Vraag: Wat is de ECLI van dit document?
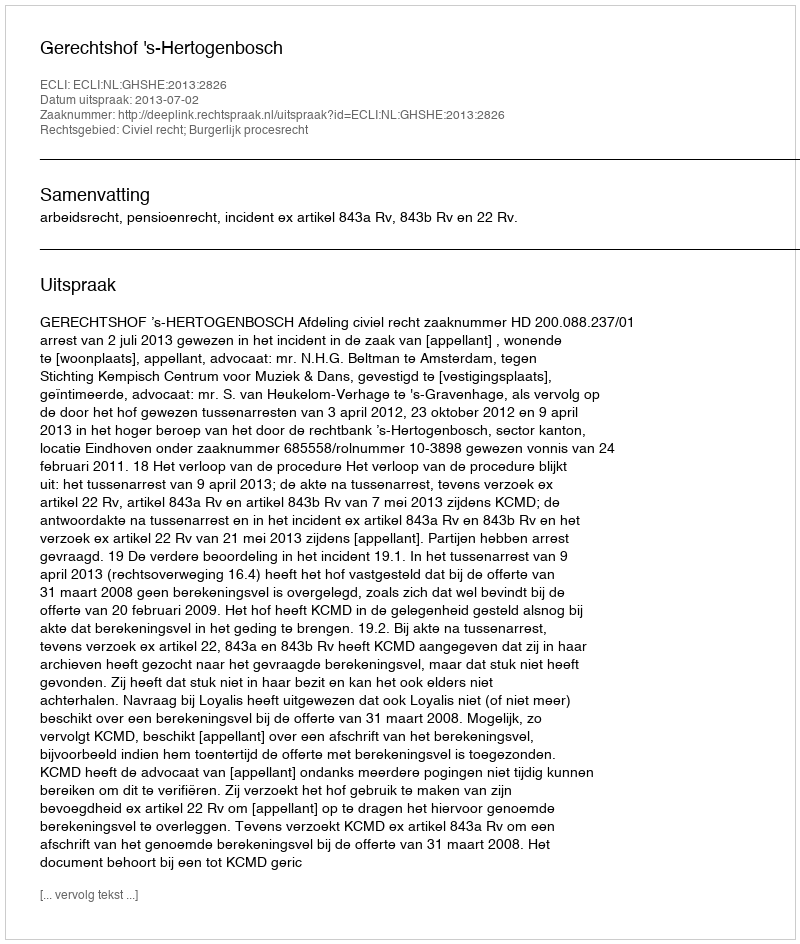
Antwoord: ECLI:NL:GHSHE:2013:2826